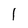
Character: 1